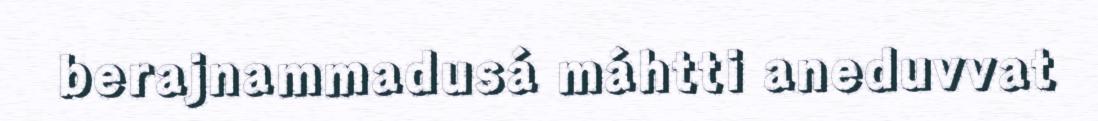
berajnammadusá máhtti aneduvvat